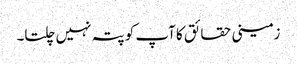
زمینی حقائق کا آپ کو پتہ نہیں چلتا۔